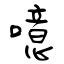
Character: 噫